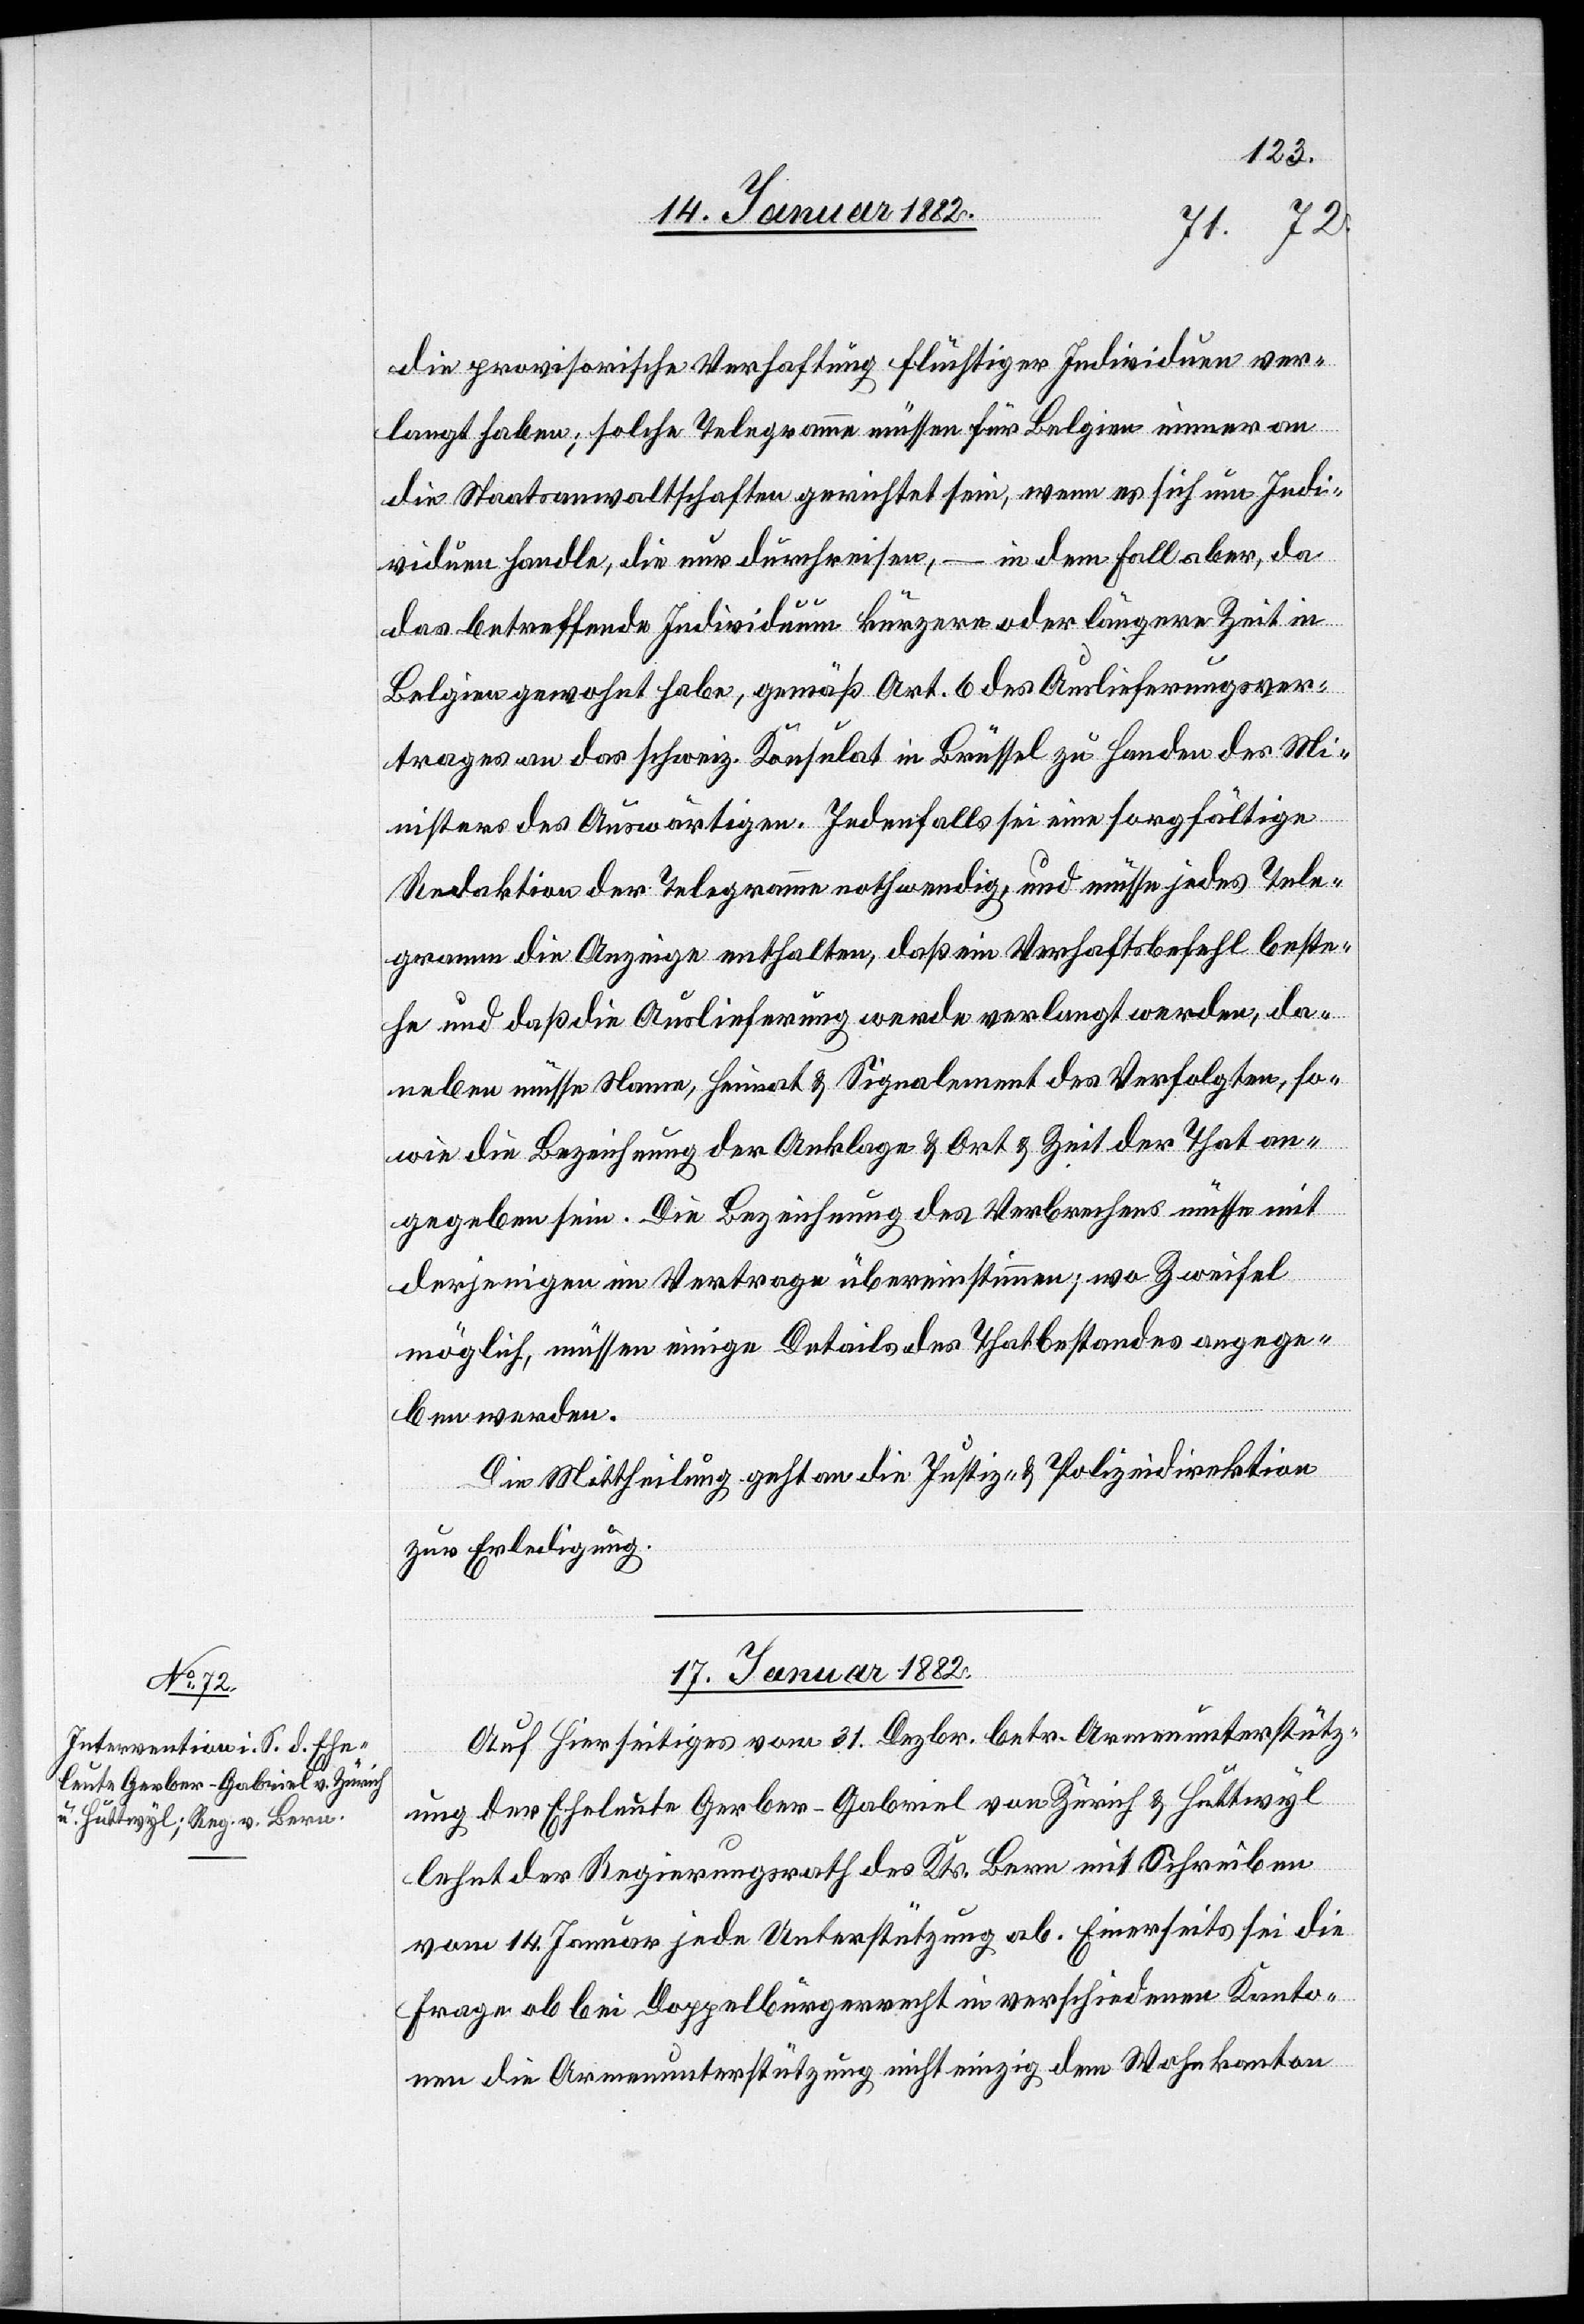
die provisorische Verhaftung flüchtiger Individuen ver¬
langt haben; solche Telegramme müssen für Belgien immer an
die Staatsanwaltschaften gerichtet sein, wenn es sich um Indi¬
viduen handle, die nur durchreisen, – in dem Fall aber, da
das betreffende Individuum kürzere oder längere Zeit in
Belgien gewohnt habe, gemäß Art. 6 des Auslieferungsver¬
trages an das schweiz. Konsulat in Brüssel zu Handen des Mi¬
nisters des Auswärtigen. Jedenfalls sei eine sorgfältige
Redaktion der Telegramme nothwendig, und müsse jedes Tele¬
gramm die Anzeige enthalten, daß ein Verhaftsbefehl beste¬
he und daß die Auslieferung werde verlangt werden, da¬
neben müsse Name, Heimat & Signalement des Verfolgten, so¬
wie die Bezeichnung der Anklage & Ort & Zeit der That an¬
gegeben sein. Die Bezeichnung des Verbrechens müsse mit
derjenigen im Vertrage übereinstimmen; wo Zweifel
möglich, müssen einige Details des Thatbestandes angege¬
ben werden.
Die Mittheilung geht an die Justiz- & Polizeidirektion
zur Erledigung.
17. Januar 1882
Auf hierseitiges vom 31. Dezbr. betr. Armenunterstütz¬
ung der Eheleute Gerber-Gabriel von Zürich & Hüttwyl
lehnt der Regierungsrath des Ktr. Bern mit Schreiben
vom 14. Januar jede Unterstützung ab. Einerseits sei die
Frage ob bei Doppelbürgerrecht in verschiedenen Kanto¬
nen die Armenunterstützung nicht einzig dem Wohnkanton